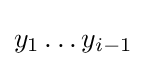
y_{1}\dots y_{i-1}